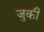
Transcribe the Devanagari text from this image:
जुकी